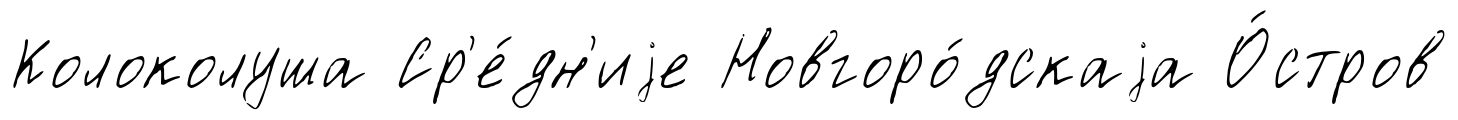
Колоколуша Ср'е́дн'иjе Новгоро́дскаjа О́стров